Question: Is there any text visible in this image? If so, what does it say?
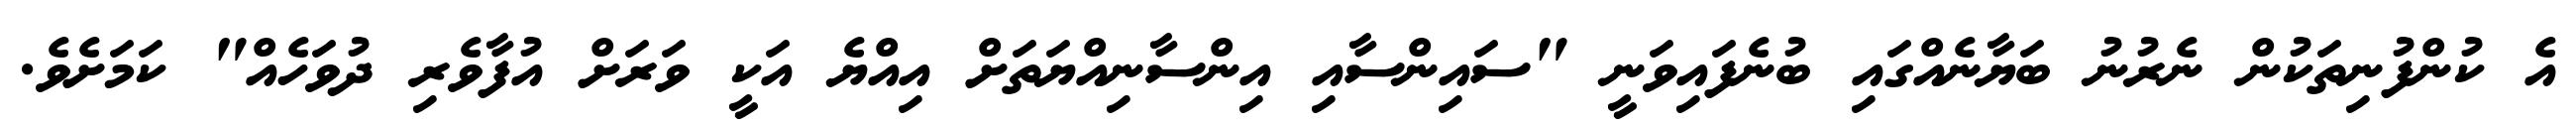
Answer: އެ ކުންފުނިތަކުން ނެރުނު ބަޔާނެއްގައި ބުނެފައިވަނީ "ސައިންސާއި އިންސާނިއްޔަތަށް އިއްޔެ އަކީ ވަރަށް އުފާވެރި ދުވަހެއް" ކަމަށެވެ.